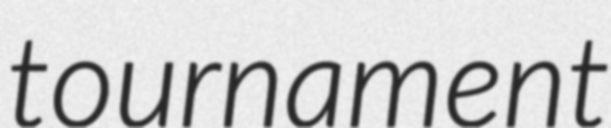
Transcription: tournament